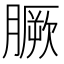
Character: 𦠑